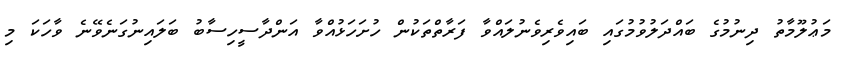
މަޢުލޫމާތު ދިނުމުގެ ބައްދަލުވުމުގައި ބައިވެރިވެނުލައްވާ ފަރާތްތަކުން ހުށަހަޅުއްވާ އަންދާސީހިސާބު ބަލައިނުގަނެވޭނެ ވާހަކަ މި